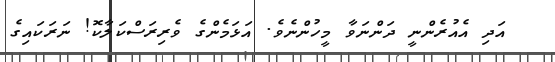
އަދި އެއުރެންނީ ދަންނަވާ މީހުންނެވެ. އަޅަމެންގެ ވެރިރަސްކަލާކޮ! ނަރަކައިގެ